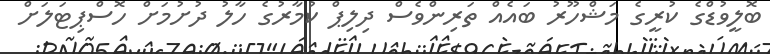
ބޮލީވުޑްގެ ކުރީގެ މަޝްހޫރު ބައެއް ތަރިންވެސް ދިލިޕް ކުމާރުގެ ހާލު ދުށުމަށް ހޮސްޕިޓަލަށް